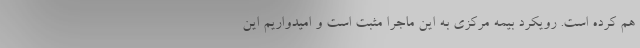
هم کرده است. رویکرد بیمه مرکزی به این ماجرا مثبت است و امیدواریم این